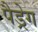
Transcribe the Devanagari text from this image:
पैड्रेग